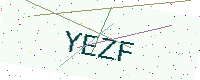
Text: YEZF